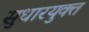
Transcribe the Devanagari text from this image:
सुधारयुक्त